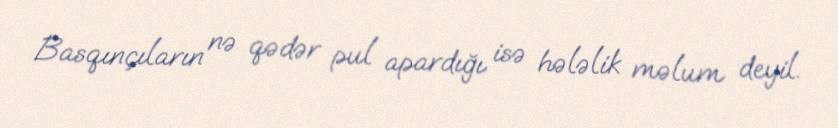
Basqınçıların nə qədər pul apardığı isə hələlik məlum deyil.